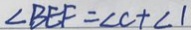
\angle B E F = \angle C + \angle 1